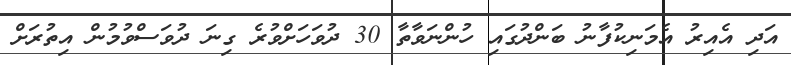
އަދި އެއިރު އެމަނިކުފާނު ބަންދުގައި ހުންނަވާތާ 30 ދުވަހަށްވުރެ ގިނަ ދުވަސްވުމުން އިތުރަށް